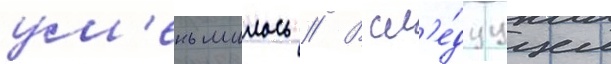
ум'еньшилось // В сл'е́дуущем